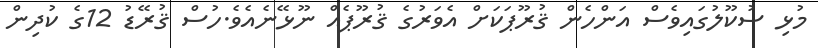
މުޅި ސުކޫލުގައިވެސް އަންހެން ޤުރޫޕަކަށް އެވަރުގެ ޤުރޫޕެއް ނޫޅޭނެއެވެ.ހުސް ޤުރޭޑު 12ގެ ކުދިން